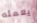
يعمله